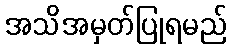
အသိအမှတ်ပြုရမည်